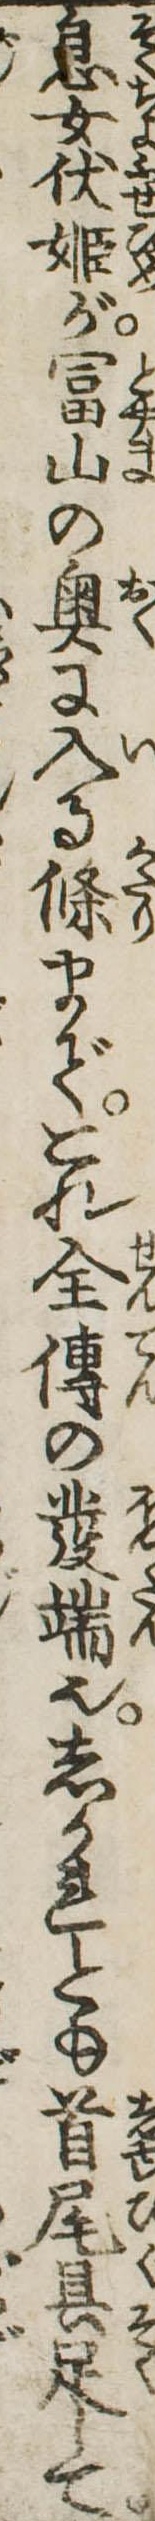
息女伏姫が富山の奥に入る条までこれ全伝の発端也しかれとも首尾具足して